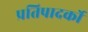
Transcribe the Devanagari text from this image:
प्रतिपादर्को